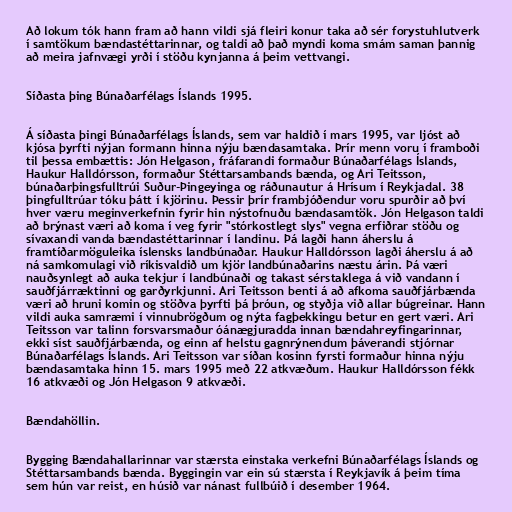
Að lokum tók hann fram að hann vildi sjá fleiri konur taka að sér forystuhlutverk
í samtökum bændastéttarinnar, og taldi að það myndi koma smám saman þannig
að meira jafnvægi yrði í stöðu kynjanna á þeim vettvangi.

Síðasta þing Búnaðarfélags Íslands 1995.

Á síðasta þingi Búnaðarfélags Íslands, sem var haldið í mars 1995, var ljóst að
kjósa þyrfti nýjan formann hinna nýju bændasamtaka. Þrír menn voru í framboði
til þessa embættis: Jón Helgason, fráfarandi formaður Búnaðarfélags Íslands,
Haukur Halldórsson, formaður Stéttarsambands bænda, og Ari Teitsson,
búnaðarþingsfulltrúi Suður-Þingeyinga og ráðunautur á Hrísum í Reykjadal. 38
þingfulltrúar tóku þátt í kjörinu. Þessir þrír frambjóðendur voru spurðir að því
hver væru meginverkefnin fyrir hin nýstofnuðu bændasamtök. Jón Helgason taldi
að brýnast væri að koma í veg fyrir "stórkostlegt slys" vegna erfiðrar stöðu og
sívaxandi vanda bændastéttarinnar í landinu. Þá lagði hann áherslu á
framtíðarmöguleika íslensks landbúnaðar. Haukur Halldórsson lagði áherslu á að
ná samkomulagi við ríkisvaldið um kjör landbúnaðarins næstu árin. Þá væri
nauðsynlegt að auka tekjur í landbúnaði og takast sérstaklega á við vandann í
sauðfjárræktinni og garðyrkjunni. Ari Teitsson benti á að afkoma sauðfjárbænda
væri að hruni komin og stöðva þyrfti þá þróun, og styðja við allar búgreinar. Hann
vildi auka samræmi í vinnubrögðum og nýta fagþekkingu betur en gert væri. Ari
Teitsson var talinn forsvarsmaður óánægjuradda innan bændahreyfingarinnar,
ekki síst sauðfjárbænda, og einn af helstu gagnrýnendum þáverandi stjórnar
Búnaðarfélags Íslands. Ari Teitsson var síðan kosinn fyrsti formaður hinna nýju
bændasamtaka hinn 15. mars 1995 með 22 atkvæðum. Haukur Halldórsson fékk
16 atkvæði og Jón Helgason 9 atkvæði.

Bændahöllin.

Bygging Bændahallarinnar var stærsta einstaka verkefni Búnaðarfélags Íslands og
Stéttarsambands bænda. Byggingin var ein sú stærsta í Reykjavík á þeim tíma
sem hún var reist, en húsið var nánast fullbúið í desember 1964.